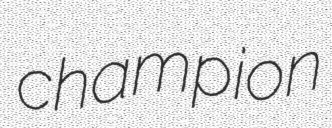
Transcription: champion